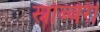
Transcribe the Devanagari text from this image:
स्नोब्बेरी